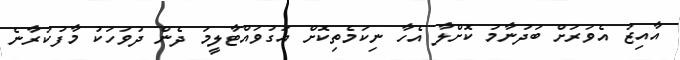
އާއިޒު އެވަރަށް ބަދުނާމު ކޮށްލާ އެހާ ނިކަމެތިކޮށް އަގުވައްޓާލީމަ ދެން ދުވަހަކު މާފުކުރާނެ